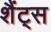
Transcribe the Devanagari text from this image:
शैंट्स